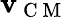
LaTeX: \mathbf{v}_{\mathrm{~C~M~}}